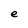
Character: e